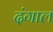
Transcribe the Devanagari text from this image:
दंगाल